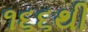
૧૬૬થી